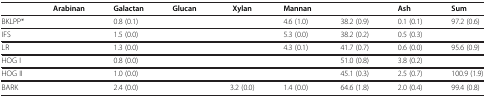
<table><thead><tr><td>[EMPTY_CELL]</td><td><b>Arabinan</b></td><td><b>Galactan</b></td><td><b>Glucan</b></td><td><b>Xylan</b></td><td><b>Mannan</b></td><td>[EMPTY_CELL]</td><td><b>Ash</b></td><td><b>Sum</b></td></tr></thead><tbody><tr><td>BKLPP*</td><td>[EMPTY_CELL]</td><td>0.8 (0.1)</td><td>[EMPTY_CELL]</td><td>[EMPTY_CELL]</td><td>4.6 (1.0)</td><td>38.2 (0.9)</td><td>0.1 (0.1)</td><td>97.2 (0.6)</td></tr><tr><td>IFS</td><td>[EMPTY_CELL]</td><td>1.5 (0.0)</td><td>[EMPTY_CELL]</td><td>[EMPTY_CELL]</td><td>5.3 (0.0)</td><td>38.2 (0.2)</td><td>0.5 (0.3)</td><td>[EMPTY_CELL]</td></tr><tr><td>LR</td><td>[EMPTY_CELL]</td><td>1.3 (0.0)</td><td>[EMPTY_CELL]</td><td>[EMPTY_CELL]</td><td>4.3 (0.1)</td><td>41.7 (0.7)</td><td>0.6 (0.0)</td><td>95.6 (0.9)</td></tr><tr><td>HOG I</td><td>[EMPTY_CELL]</td><td>0.8 (0.0)</td><td>[EMPTY_CELL]</td><td>[EMPTY_CELL]</td><td>[EMPTY_CELL]</td><td>51.0 (0.8)</td><td>3.8 (0.2)</td><td>[EMPTY_CELL]</td></tr><tr><td>HOG II</td><td>[EMPTY_CELL]</td><td>1.0 (0.0)</td><td>[EMPTY_CELL]</td><td>[EMPTY_CELL]</td><td>[EMPTY_CELL]</td><td>45.1 (0.3)</td><td>2.5 (0.7)</td><td>100.9 (1.9)</td></tr><tr><td>BARK</td><td>[EMPTY_CELL]</td><td>2.4 (0.0)</td><td>[EMPTY_CELL]</td><td>3.2 (0.0)</td><td>1.4 (0.0)</td><td>64.6 (1.8)</td><td>2.0 (0.4)</td><td>99.4 (0.8)</td></tr></tbody></table>